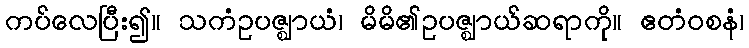
ကပ်လေပြီး၍။ သကံဥပဇ္ဈာယံ၊ မိမိ၏ဥပဇ္ဈာယ်ဆရာကို။ ဧတံဝစနံ၊